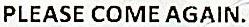
PLEASE COME AGAIN.